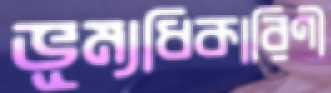
ভূম্যধিকারিণী